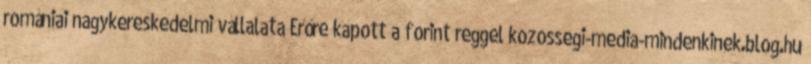
romániai nagykereskedelmi vállalata Erőre kapott a forint reggel kozossegi-media-mindenkinek.blog.hu